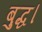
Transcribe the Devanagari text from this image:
बुद्ध।